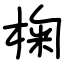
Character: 椈